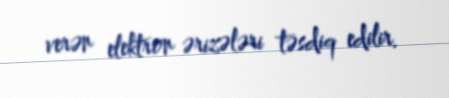
verən elektron ərizələri təsdiq edilir.